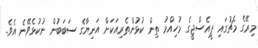
މިރޭގެ މެޗުގައި ޕީއެސްޖީގެ މުހިއްމު ތިން ކުޅުންތެރިއަކަށް އަނިޔާގެ ސަބަބުން ނުކުޅެވޭނެ އެވެ.